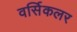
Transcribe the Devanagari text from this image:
वर्सिकलर